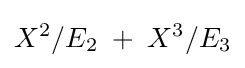
X^{2}/E_{2}\;+\;X^{3}/E_{3}